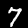
Label: 7